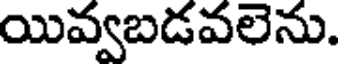
యివ్వబడవలెను.